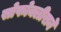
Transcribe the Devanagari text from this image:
सोफोक्लीसने